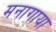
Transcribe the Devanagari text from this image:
मनागाया